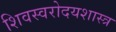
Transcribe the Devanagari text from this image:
शिवस्वरोदयशास्त्र